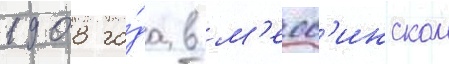
1908 го́да в м'есс'инском